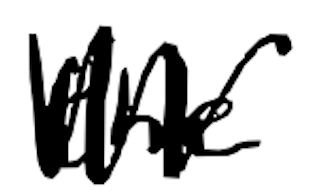
Text: the
Cross-out: zig-zag
Writing tool: digital_black